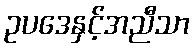
ဥပဒေနှင့်အညီသာ